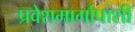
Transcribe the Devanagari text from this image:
प्रवेशमार्गापाशी